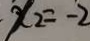
x _ { 2 } = - 2